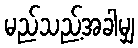
မည်သည့်အခါမျှ